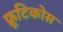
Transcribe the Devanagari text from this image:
फ्रूटिकोस